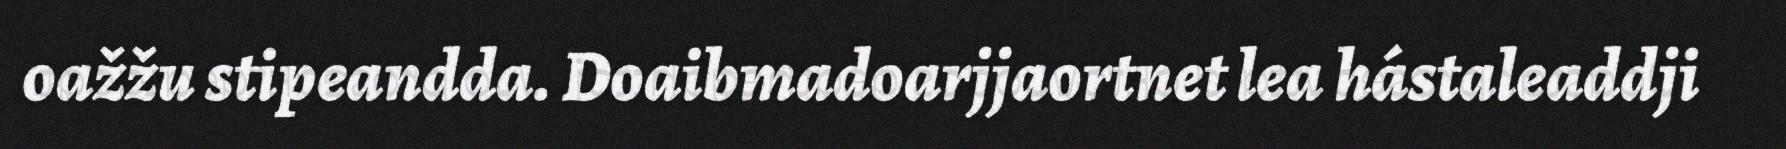
oažžu stipeandda. Doaibmadoarjjaortnet lea hástaleaddji